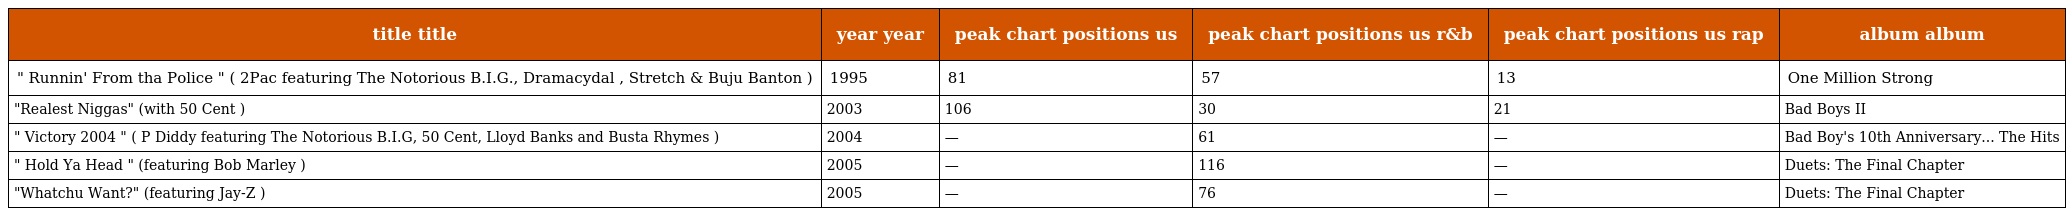
| title title | year year | peak chart positions us | peak chart positions us r&b | peak chart positions us rap | album album |
 | --- | --- | --- | --- | --- | --- |
 | " Runnin' From tha Police " ( 2Pac featuring The Notorious B.I.G., Dramacydal , Stretch & Buju Banton ) | 1995 | 81 | 57 | 13 | One Million Strong |
 | "Realest Niggas" (with 50 Cent ) | 2003 | 106 | 30 | 21 | Bad Boys II |
 | " Victory 2004 " ( P Diddy featuring The Notorious B.I.G, 50 Cent, Lloyd Banks and Busta Rhymes ) | 2004 | — | 61 | — | Bad Boy's 10th Anniversary... The Hits |
 | " Hold Ya Head " (featuring Bob Marley ) | 2005 | — | 116 | — | Duets: The Final Chapter |
 | "Whatchu Want?" (featuring Jay-Z ) | 2005 | — | 76 | — | Duets: The Final Chapter |